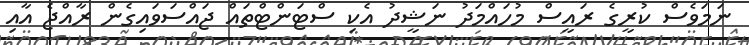
ނަމަވެސް ކުރީގެ ރައީސް މުހައްމަދު ނަޝީދު އެކި ސްޓަންޓްތައް ޖައްސަވައިގެން ރާއްޖެ އާއި